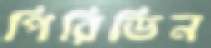
পিরিডিন